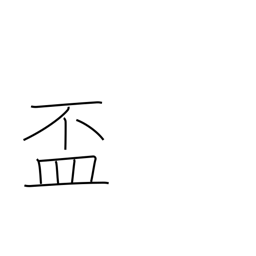
Meaning: cup